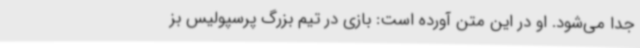
جدا می‌شود. او در این متن آورده است: بازی در تیم بزرگ پرسپولیس بز